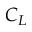
C _ { L }